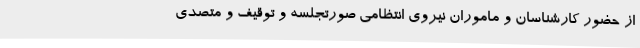
از حضور کارشناسان و ماموران نیروی انتظامی صورتجلسه و توقیف و متصدی